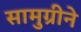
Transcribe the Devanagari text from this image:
सामुग्रीने